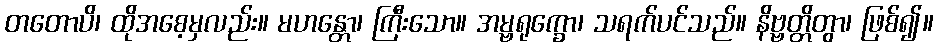
တတောပိ၊ ထိုအစေ့မှလည်း။ မဟန္တော၊ ကြီးသော။ အမ္ဗရုက္ခော၊ သရက်ပင်သည်။ နိဗ္ဗတ္တိတွာ၊ ဖြစ်၍။